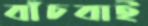
বাঁচবাই